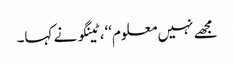
مجھے نہیں معلوم‘‘، ٹینگو نے کہا۔